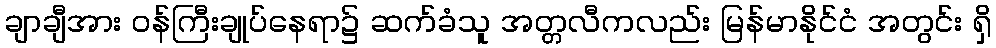
ချာချီအား ဝန်ကြီးချုပ်နေရာ၌ ဆက်ခံသူ အတ္တလီကလည်း မြန်မာနိုင်ငံ အတွင်း ရှိ